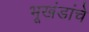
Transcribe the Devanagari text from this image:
भूखंडांचे